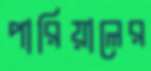
পারিয়ালের